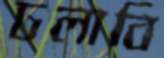
ঢলাবি